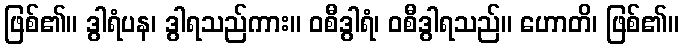
ဖြစ်၏။ ဒွါရံပန၊ ဒွါရသည်ကား။ ဝစီဒွါရံ၊ ဝစီဒွါရသည်။ ဟောတိ၊ ဖြစ်၏။